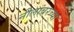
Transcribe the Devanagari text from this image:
नीलांबरच्या